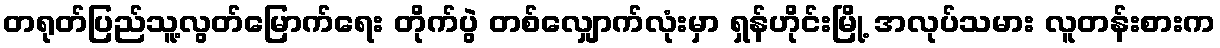
တရုတ်ပြည်သူ့လွတ်မြောက်ရေး တိုက်ပွဲ တစ်လျှောက်လုံးမှာ ရှန်ဟိုင်းမြို့ အလုပ်သမား လူတန်းစားက